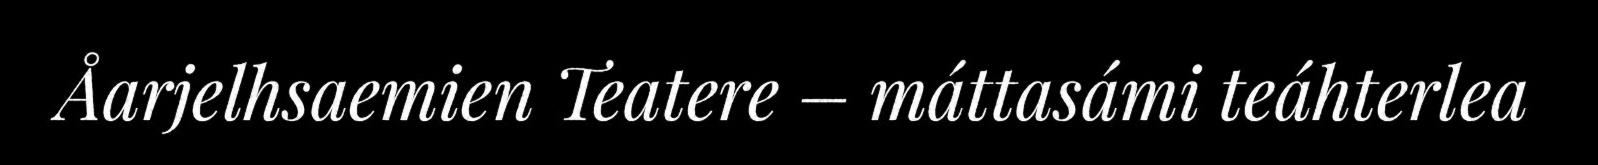
Åarjelhsaemien Teatere – máttasámi teáhterlea